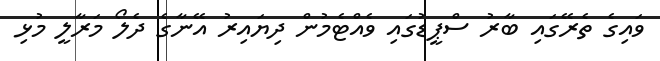
ވައިގެ ތެރޭގައި ބާރު ސްޕީޑުގައި ވެއްޓެމުން ދިޔައިރު އޭނާގެ ދެލޯ މަރާލީ މުޅި